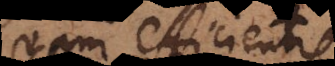
quam efficientis